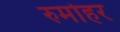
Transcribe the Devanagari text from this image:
रुमोहर